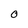
Character: 0